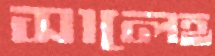
সালেহ